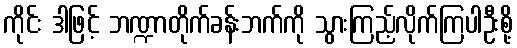
ကိုင်း ဒါဖြင့် ဘဏ္ဍာတိုက်ခန်းဘက်ကို သွားကြည့်လိုက်ကြပါဦးစို့